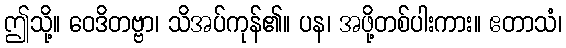
ဤသို့။ ဝေဒိတဗ္ဗာ၊ သိအပ်ကုန်၏။ ပန၊ အဖို့တစ်ပါးကား။ ဧတာသံ၊